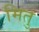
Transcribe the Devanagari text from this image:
मितु